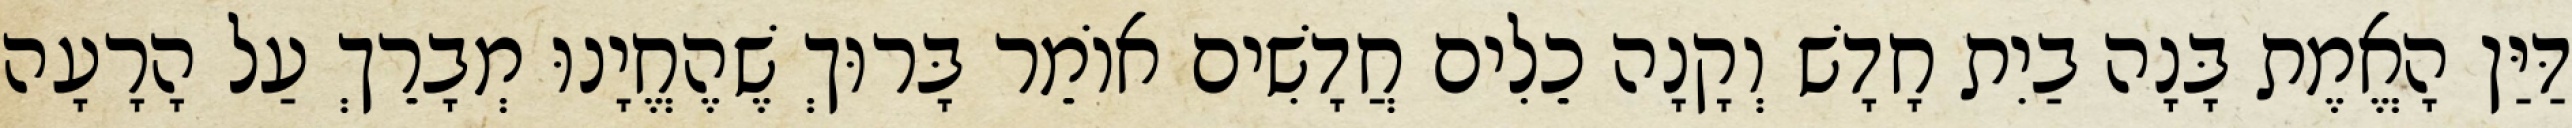
דַּיַּן הָאֱמֶת בָּנָה בַיִת חָדָשׁ וְקָנָה כֵלִים חֲדָשִׁים אוֹמֵר בָּרוּךְ שֶׁהֶחֱיָנוּ מְבָרֵךְ עַל הָרָעָה